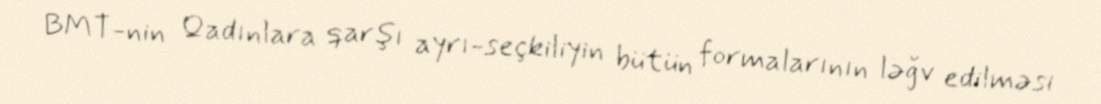
BMT-nin Qadınlara qarşı ayrı-seçkiliyin bütün formalarının ləğv edilməsi